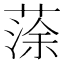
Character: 蒤